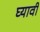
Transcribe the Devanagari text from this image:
घ्‍यावी